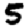
Digit: 5